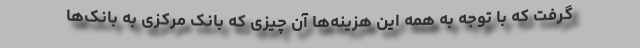
گرفت که با توجه به همه این هزینه‌ها آن چیزی که بانک مرکزی به بانک‌ها